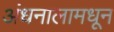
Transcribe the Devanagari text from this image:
अंधनालामधून